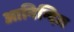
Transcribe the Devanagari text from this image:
आनिन्दित